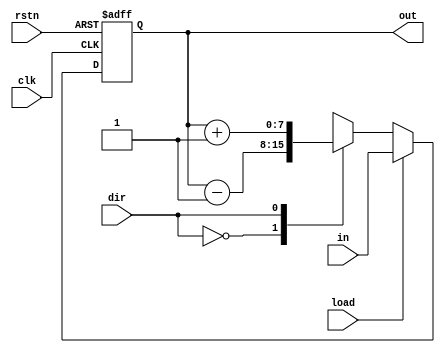
module count_8(
 input clk,
 input rstn,
 input dir,
 input load,
 input[7:0] in,
 output[7:0] out
);
reg[7:0] counter ;

always @(posedge clk or negedge rstn)
begin : count_pro
 if(!rstn)
  counter <= 8'h00 ;
 else begin
  if(load) 
   counter <= in ;
  else
   case(dir)
    1'b0 : counter <= counter - 1'b1;
    1'b1 : counter <= counter + 1'b1;
   endcase
 end
end

assign out = counter ;

endmodule